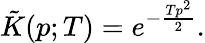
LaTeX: {\tilde{K}}(p;T)=e^{-{\frac{Tp^{2}}{2}}}.